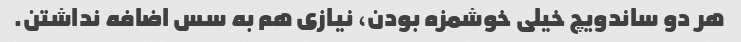
هر دو ساندویچ خیلی خوشمزه بودن، نیازی هم به سس اضافه نداشتن.